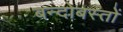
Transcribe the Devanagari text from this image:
बन्दोबस्तों